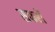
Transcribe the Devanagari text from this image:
सफरों